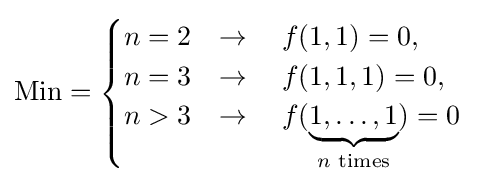
{\text{Min}}={\begin{cases}n=2&\rightarrow \quad f(1,1)=0,\\n=3&\rightarrow \quad f(1,1,1)=0,\\n>3&\rightarrow \quad f(\underbrace {1,\dots ,1} _{n{\text{ times}}})=0\\\end{cases}}